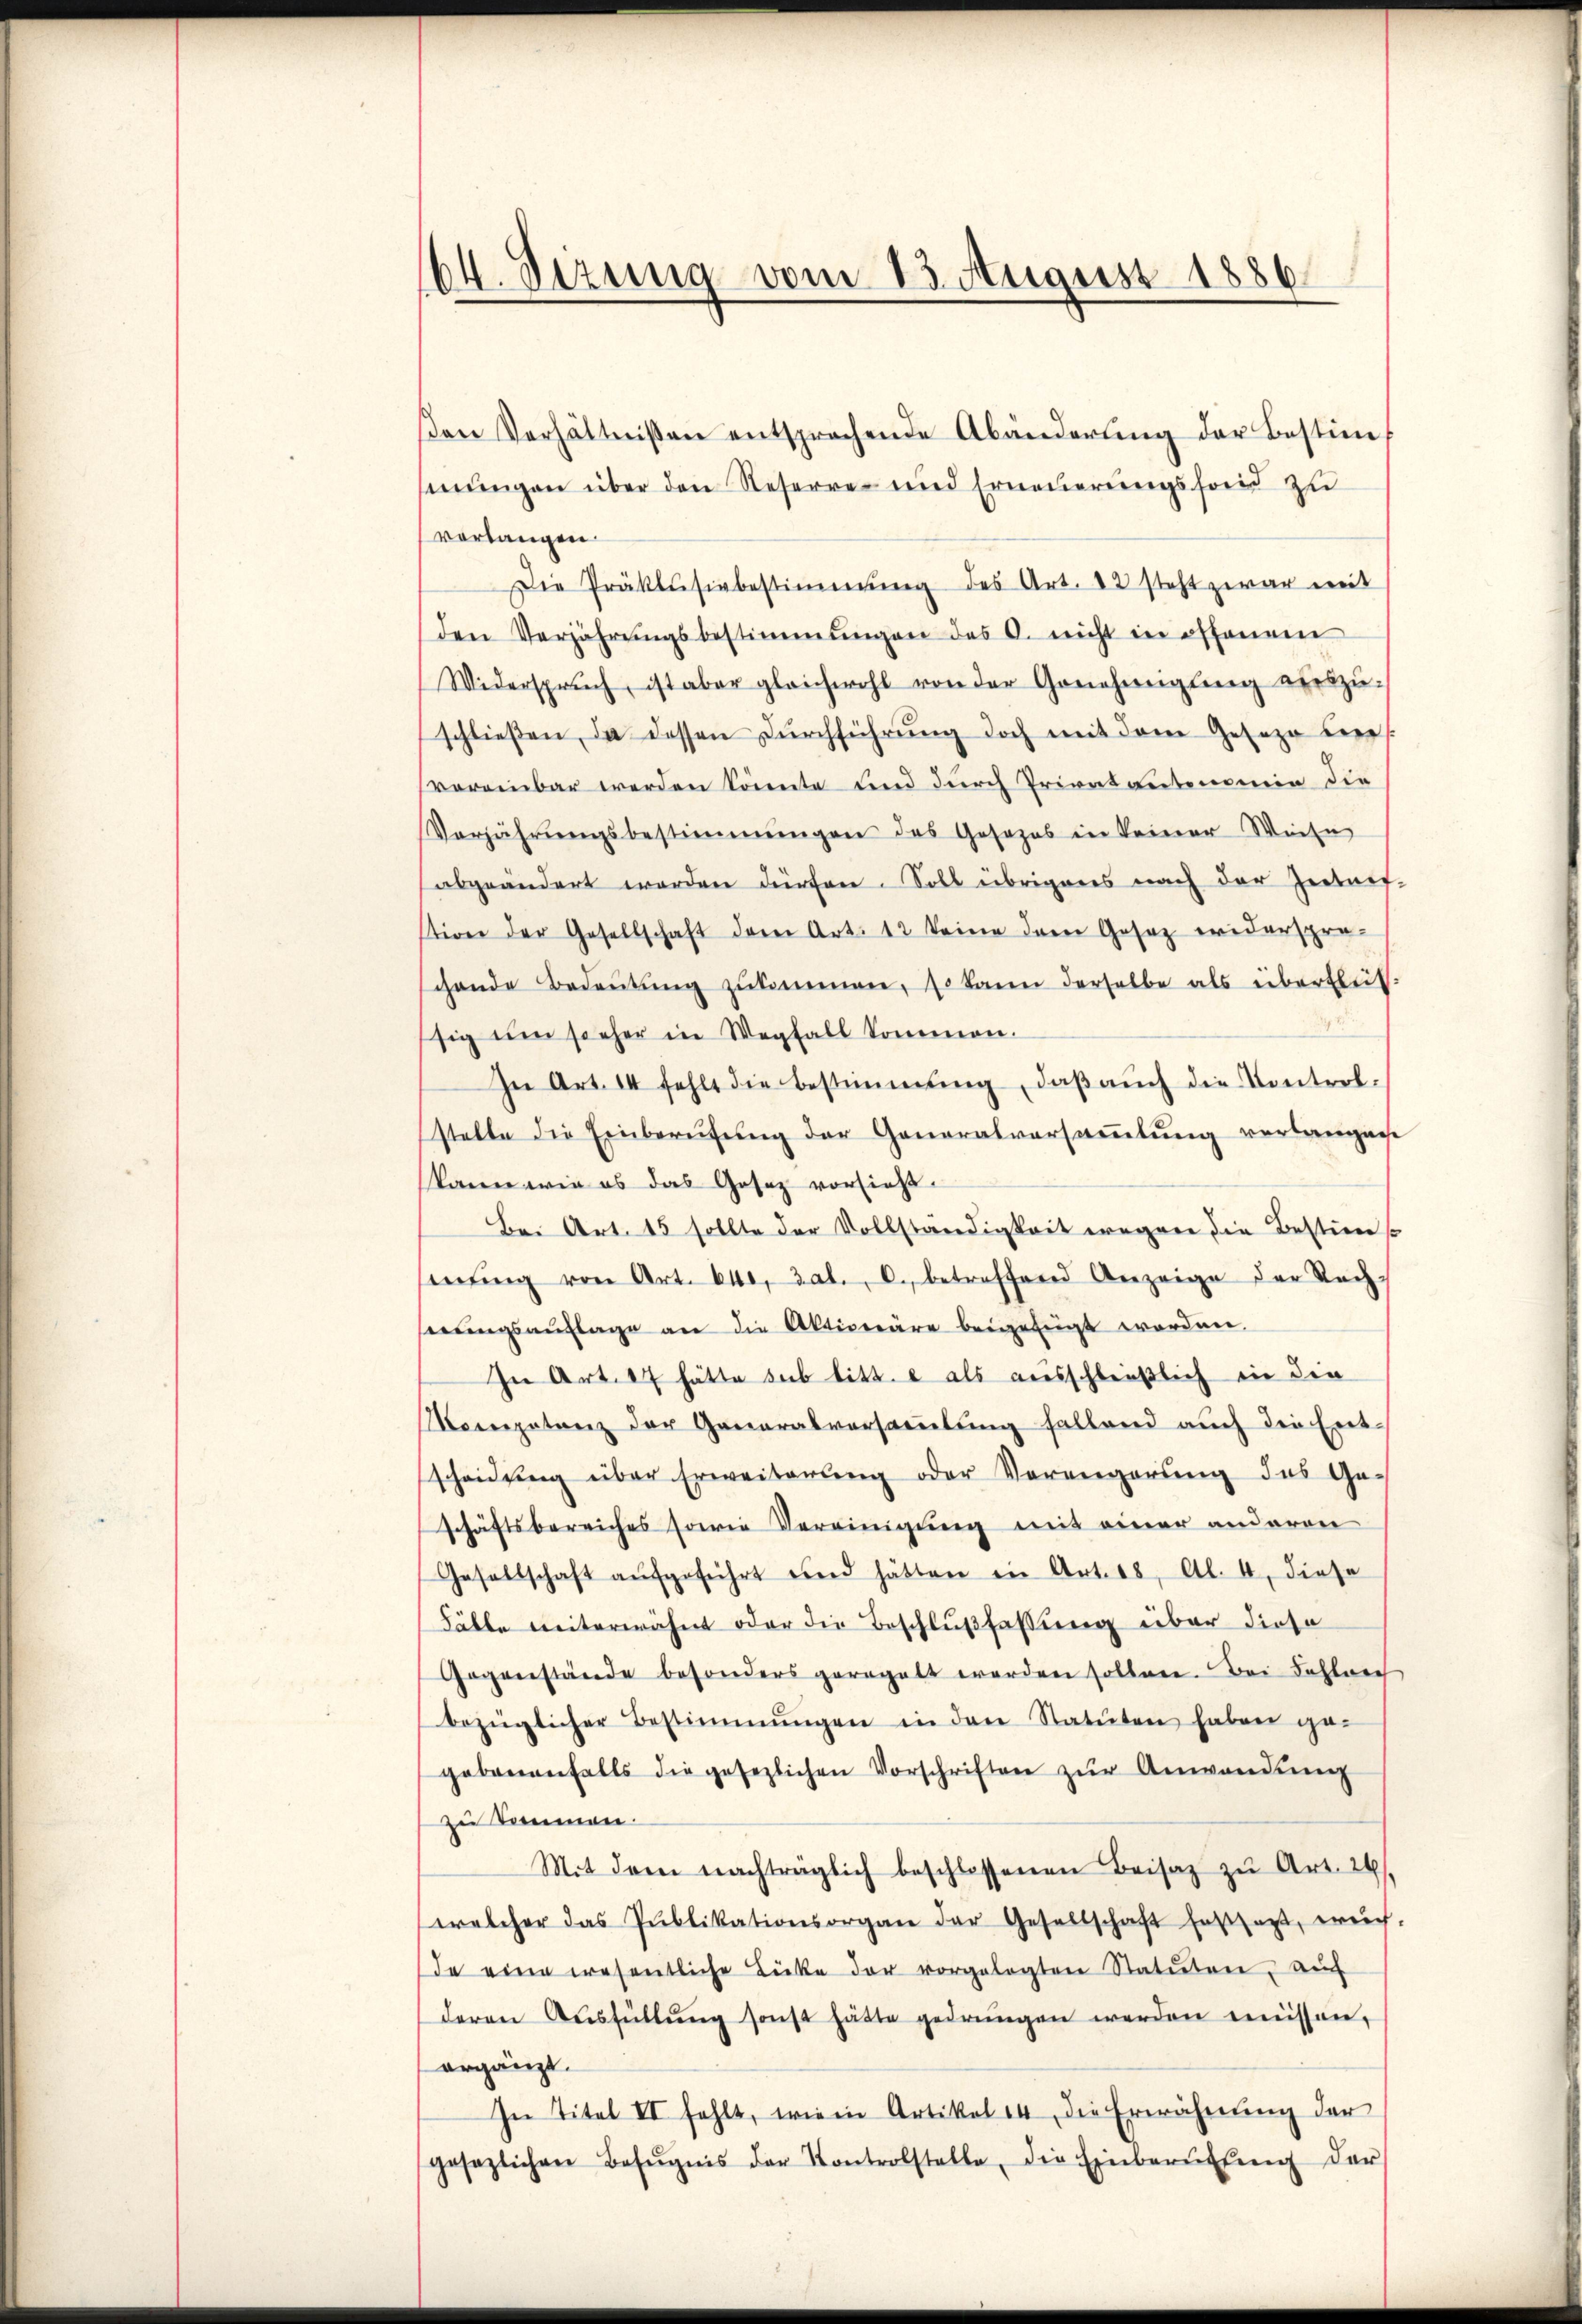
βen Verhältnissen entsprochende Abänderŭng der Bestim
mungen über den Reserre und Erneuerungsfond zu
verlangen.
Die Präklusivbestimmung des Art. 12 steht zwar mit
den Verjährŭngsbestimmungen des C. nicht in offenen
Widerspruch, ist aber gleichwohl von der Genehmigŭng aŭszŭ-
schlieβen, da dessen Dŭrchführŭng doch mit dem Geseze bere
vereinbar werden könnte und durch Privatantonomie die
Verjährŭngsbestimmungen des Gesezes in keiner Weise
abgeändert werden dürfen. Soll übrigens nach der Zeitauf-
stion der Gesellschaft der Art. 12 keine dem Gesez widerspre-
schende Bedeŭtŭng zŭkommen, so kann derselbe als überblüt
sig um sieher in Wegfall kommen.
In Art. 14 fehlt die bestimmung, daβ aŭch die Kontrol-
stelle die Einberŭfŭng der Generalversaṁlŭng verlangen
kann wie es das Gesetz vorsieht.
Bei Art. 15 sollte der Vollständigkeit wegen die Bestim
mŭng von Art. 640, dat. c. betreffend Anzeige der Nach-
serungsauflage an die Aktionäre beigefügt worden.
In Art. 17 hätte sub litt. e als ausschließlich in die
Mompetenz der Generalversaṁlŭng fallend auch die Ent-
scheidŭng über Erweiterung oder Vorangerung des Ge-
schäftsbereiches sowie Vereinigung mit einer anderen
Gesellschaft aŭfgeführt und hätten in Art. 68, Al. 4, diese
Fälle weiterwähnt oder die Beschlußfassung über diese
Gegenstände besonders geregelt werden sollen. Bei Fahlrech
bezüglicher Bestimmungen in den Statuten haben ge-
gebenenfalls die gesezlichen Vorschriften zŭr Anwendŭng
zu kommen.
Mit dem nachträglich beschlossenen Beisaz zu Art. 26.
welcher das Publikationsorgan der Gesellschaft festsezt, wech-
de eine wesentliche Lücke der vorgelegten Statuten, auch
deren Aŭsfüllŭng sonst hätte gedrungen werden müssen,
ergänzt.
In Titel II fehlt, wie in Artikel 14 die Erwähnŭng der
gesezlichen Befugnis der Kontrolstelle, die Einberufung der

64. Sizung vom 13. August 1886